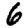
Digit: 6